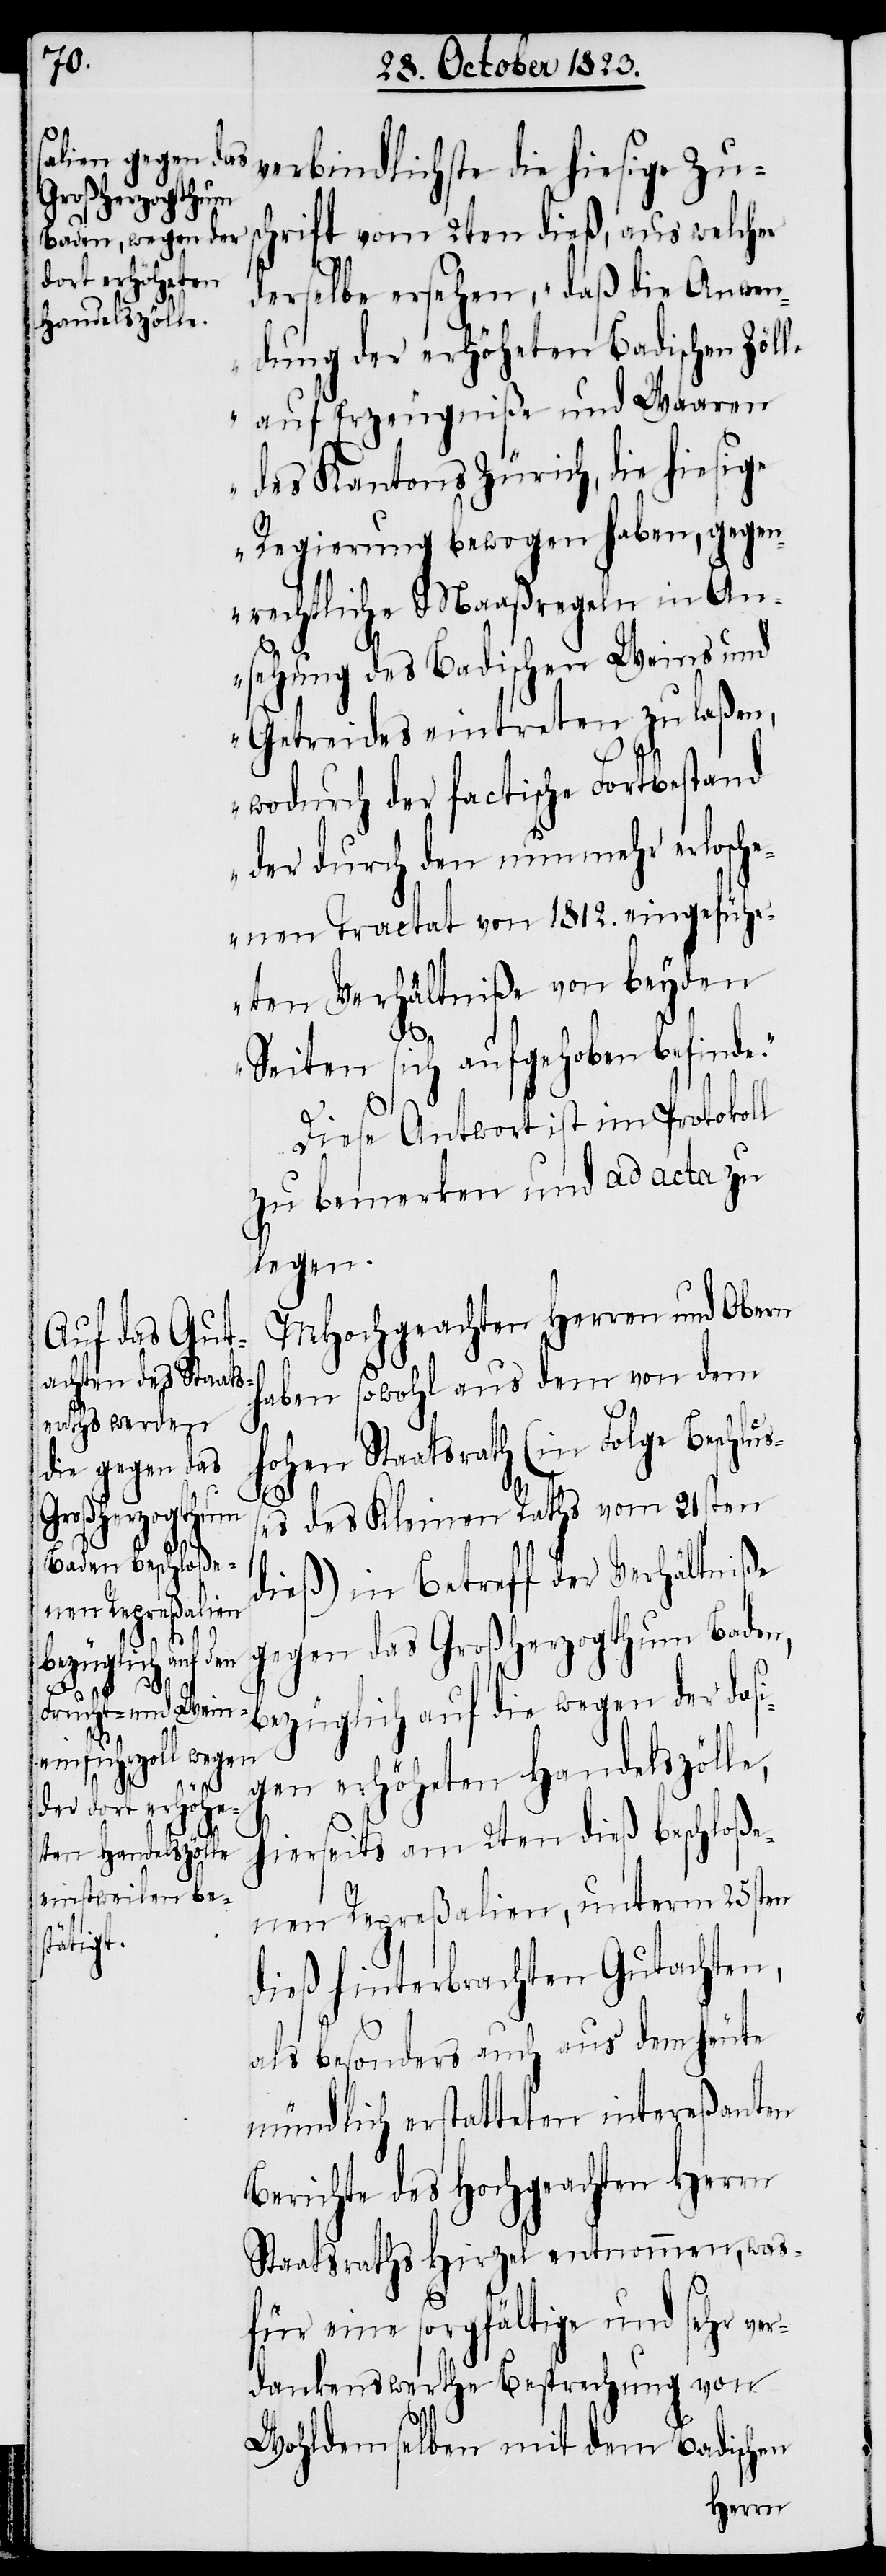
verbindlichste die hiesige Zu¬
schrift vom 2ten dieß, aus welcher
derselbe ersehen, „daß die Anwen¬
dung der erhöheten Badischen Zöl¬
auf Erzeugniße und Waaren
des Kantons Zürich, die hiesige
Regierung bewogen haben, gegen¬
rechtliche Maaßregeln in An¬
sehung des Badischen Weins und
Getreides eintreten zu laßen,
wodurch der factische Forstbestand
der durch den nunmehr erlosch¬
enen Tractat von 1812. eingeführ¬
ten Verhältniße von beyden
Seiten sich aufgehoben befinde.“
Diese Antwort ist im Protokoll
zu bemerken und ad acta zu
legen.
MHochgeachten Herren und Obern
haben sowohl aus dem von dem
hohen Staatsrath (in Folge Beschlu¬
ßes des Kleinen Raths vom 21sten
le
dieß) in Betreff der Verhältniße
gegen das Großherzogthum Baden,
bezüglich auf die wegen der dasi¬
gen erhöheten Handelszölle,
hierseits am 2ten dieß beschloße¬
nen Repreßalien, unterm 25sten
dieß hinterbrachten Gutachten,
als besonders auch aus dem heute
mündlich erstatteten intereßanten
Berichte des Hochgeachten Herrn
Staatsraths Hirzel entnommen, was¬
für eine sorgfältige und sehr ver¬
dankenswerthe Besprechung von
Wohldemselben mit dem Badischen